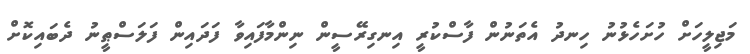
މަޖިލީހަށް ހުށަހެޅުނު ހިނދު އެތަނުން ފާސްކުރީ އިނގިރޭސީން ނިންމާފައިވާ ފަދައިން ފަލަސްޠީނު ދެބައިކޮށް